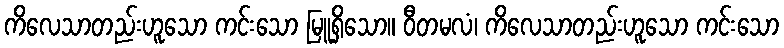
ကိလေသာတည်းဟူသော ကင်းသော မြူရှိသော။ ဝီတမလံ၊ ကိလေသာတည်းဟူသော ကင်းသော